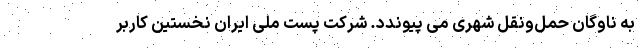
به ناوگان حمل‌ونقل شهری می پیوندد. شرکت پست ملی ایران نخستین کاربر